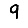
Digit: 9